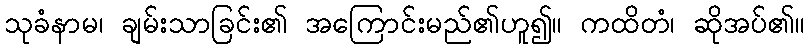
သုခံနာမ၊ ချမ်းသာခြင်း၏ အကြောင်းမည်၏ဟူ၍။ ကထိတံ၊ ဆိုအပ်၏။